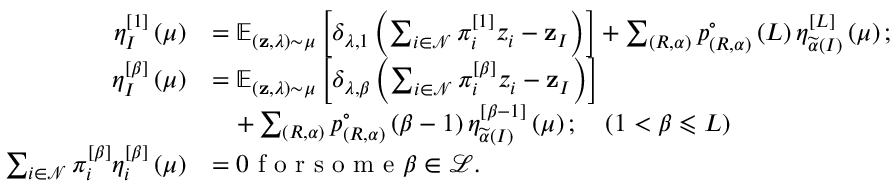
\begin{array} { r l } { \eta _ { I } ^ { \left[ 1 \right] } \left( \mu \right) } & { = \mathbb { E } _ { \left( \mathbf { z } , \lambda \right) \sim \mu } \left[ \delta _ { \lambda , 1 } \left( \sum _ { i \in \mathcal { N } } \pi _ { i } ^ { \left[ 1 \right] } z _ { i } - \mathbf { z } _ { I } \right) \right] + \sum _ { \left( R , \alpha \right) } p _ { \left( R , \alpha \right) } ^ { \circ } \left( L \right) \eta _ { \widetilde { \alpha } \left( I \right) } ^ { \left[ L \right] } \left( \mu \right) ; } \\ { \eta _ { I } ^ { \left[ \beta \right] } \left( \mu \right) } & { = \mathbb { E } _ { \left( \mathbf { z } , \lambda \right) \sim \mu } \left[ \delta _ { \lambda , \beta } \left( \sum _ { i \in \mathcal { N } } \pi _ { i } ^ { \left[ \beta \right] } z _ { i } - \mathbf { z } _ { I } \right) \right] } \\ & { \quad + \sum _ { \left( R , \alpha \right) } p _ { \left( R , \alpha \right) } ^ { \circ } \left( \beta - 1 \right) \eta _ { \widetilde { \alpha } \left( I \right) } ^ { \left[ \beta - 1 \right] } \left( \mu \right) ; \quad \left( 1 < \beta \leqslant L \right) } \\ { \sum _ { i \in \mathcal { N } } \pi _ { i } ^ { \left[ \beta \right] } \eta _ { i } ^ { \left[ \beta \right] } \left( \mu \right) } & { = 0 \textrm { f o r s o m e } \beta \in \mathcal { L } . } \end{array}